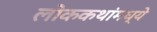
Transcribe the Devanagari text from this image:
लोककथांमध्ये